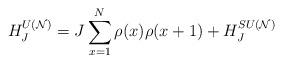
LaTeX: \begin{align*}H_{J}^{U({\cal N})}=J\sum_{x=1}^{N}\rho(x)\rho(x+1)+ H_{J}^{SU({\cal N})}\end{align*}